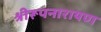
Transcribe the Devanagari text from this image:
श्रीरूपनारायण